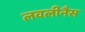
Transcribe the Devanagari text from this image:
लवलीनैस